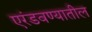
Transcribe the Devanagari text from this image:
एरंडवण्यातील